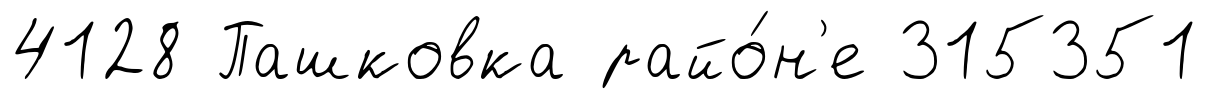
4128 Пашковка райо́н'е 315351